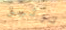
توثيق